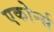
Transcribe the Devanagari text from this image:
एकोर्न्स